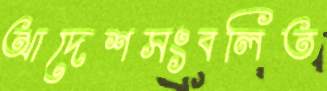
আদেশসংবলিত